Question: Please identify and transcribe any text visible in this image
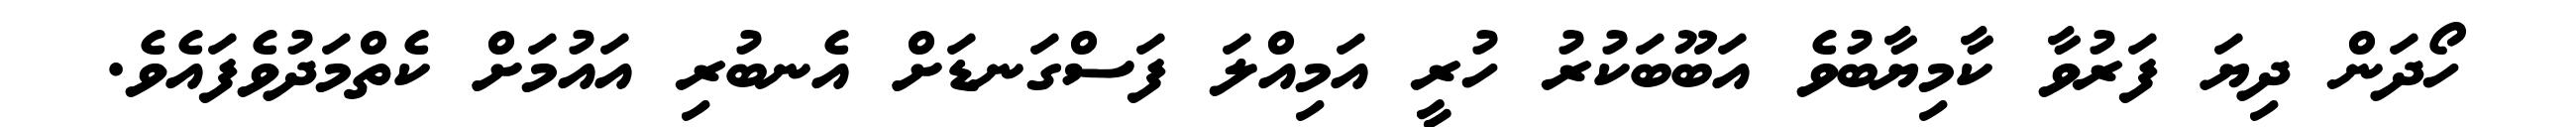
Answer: ހޯދަން ދިޔަ ފަރުވާ ކާމިޔާބުވެ އަބޫބަކުރު ހުރީ އަމިއްލަ ފަސްގަނޑަށް އެނބުރި އައުމަށް ކެތްމަދުވެފައެވެ.